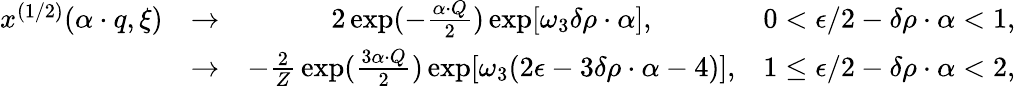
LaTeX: \begin{array}{cccr}{{x^{(1/2)}(\alpha\cdot q,\xi)}}&{{\rightarrow}}&{{2\exp(-{\frac{\alpha\cdot Q}{2}})\exp[\omega_{3}\delta\rho\cdot\alpha],}}&{{0<\epsilon/2-\delta\rho\cdot\alpha<1,}}\\ {{}}&{{\rightarrow}}&{{-{\frac{2}{Z}}\exp({\frac{3{\alpha\cdot Q}}{2}})\exp[\omega_{3}(2\epsilon-3\delta\rho\cdot\alpha-4)],}}&{{1\leq\epsilon/2-\delta\rho\cdot\alpha<2,}}\end{array}